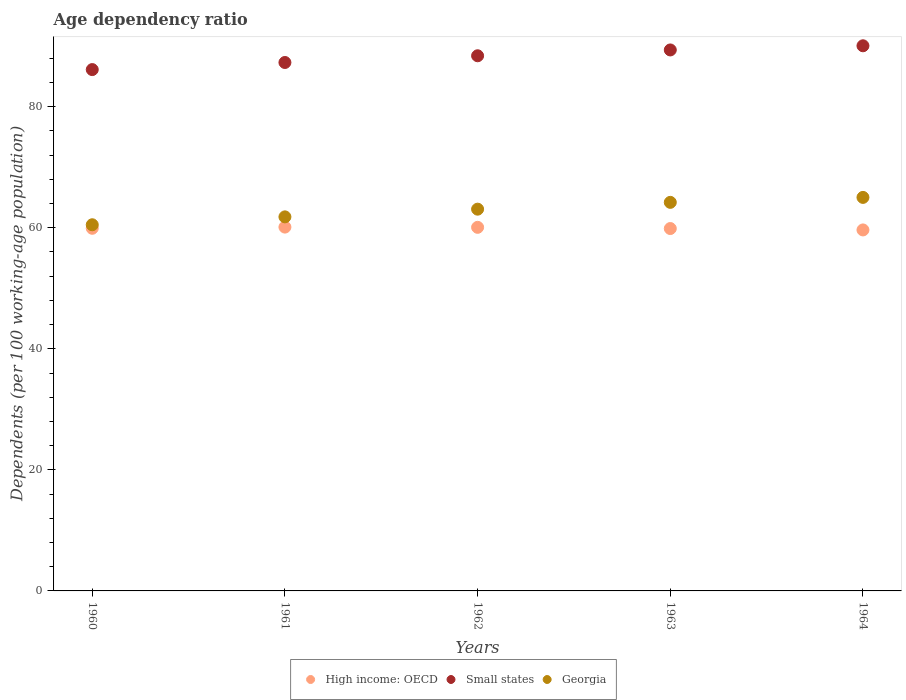
| Years | High income: OECD | Small states | Georgia |
 | --- | --- | --- | --- |
 | 1960 | 59.9 | 86.1 | 60.5 |
 | 1961 | 60.1 | 87.3 | 61.8 |
 | 1962 | 60.1 | 88.4 | 63.1 |
 | 1963 | 59.9 | 89.4 | 64.2 |
 | 1964 | 59.6 | 90.1 | 65 |